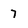
Character: 7